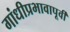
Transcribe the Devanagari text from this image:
गांधीप्रभावापूर्वी